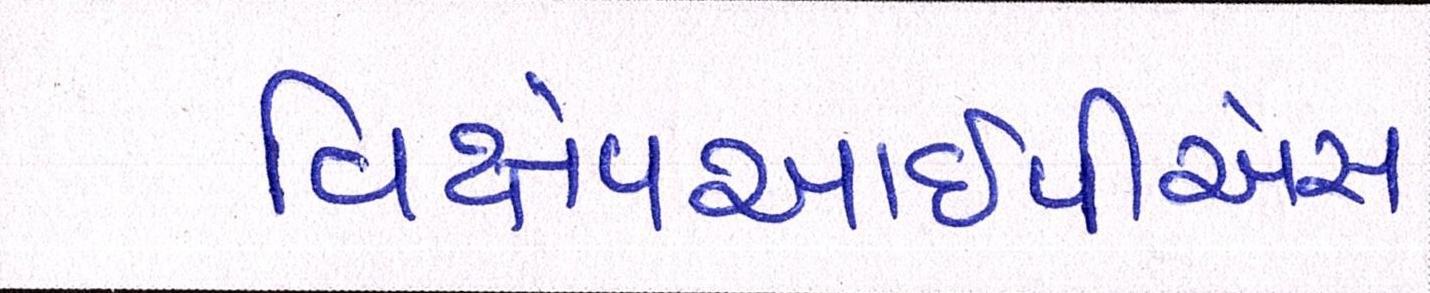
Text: વિક્ષેપઆઇપીએસ